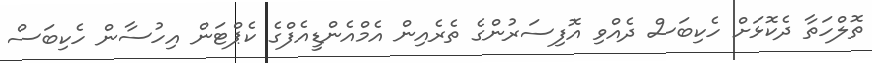
ތޮލްހަތާ ދެކޮޅަށް ހެކިބަސް ދެއްވި އޮފިސަރުންގެ ތެރެއިން އެމްއެންޑީއެފްގެ ކެޕްޓަން އިހުސާން ހެކިބަސް